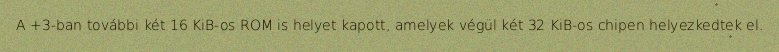
A +3-ban további két 16 KiB-os ROM is helyet kapott, amelyek végül két 32 KiB-os chipen helyezkedtek el.